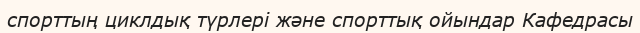
спорттың циклдық түрлері және спорттық ойындар Кафедрасы